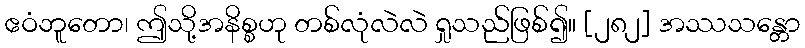
ဧဝံဘူတော၊ ဤသို့အနိစ္စဟု တစ်လုံလဲလဲ ရှုသည်ဖြစ်၍။ [၂၈၂] အဿသန္တော